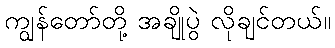
ကျွန်တော်တို့ အချိုပွဲ လိုချင်တယ်။